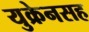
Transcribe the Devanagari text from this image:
युक्रेनसह